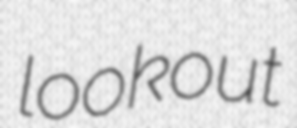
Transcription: lookout